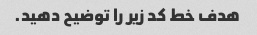
هدف خط کد زیر را توضیح دهید.